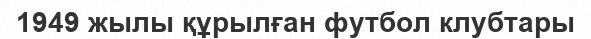
1949 жылы құрылған футбол клубтары